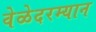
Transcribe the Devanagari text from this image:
वेळेदरम्यान